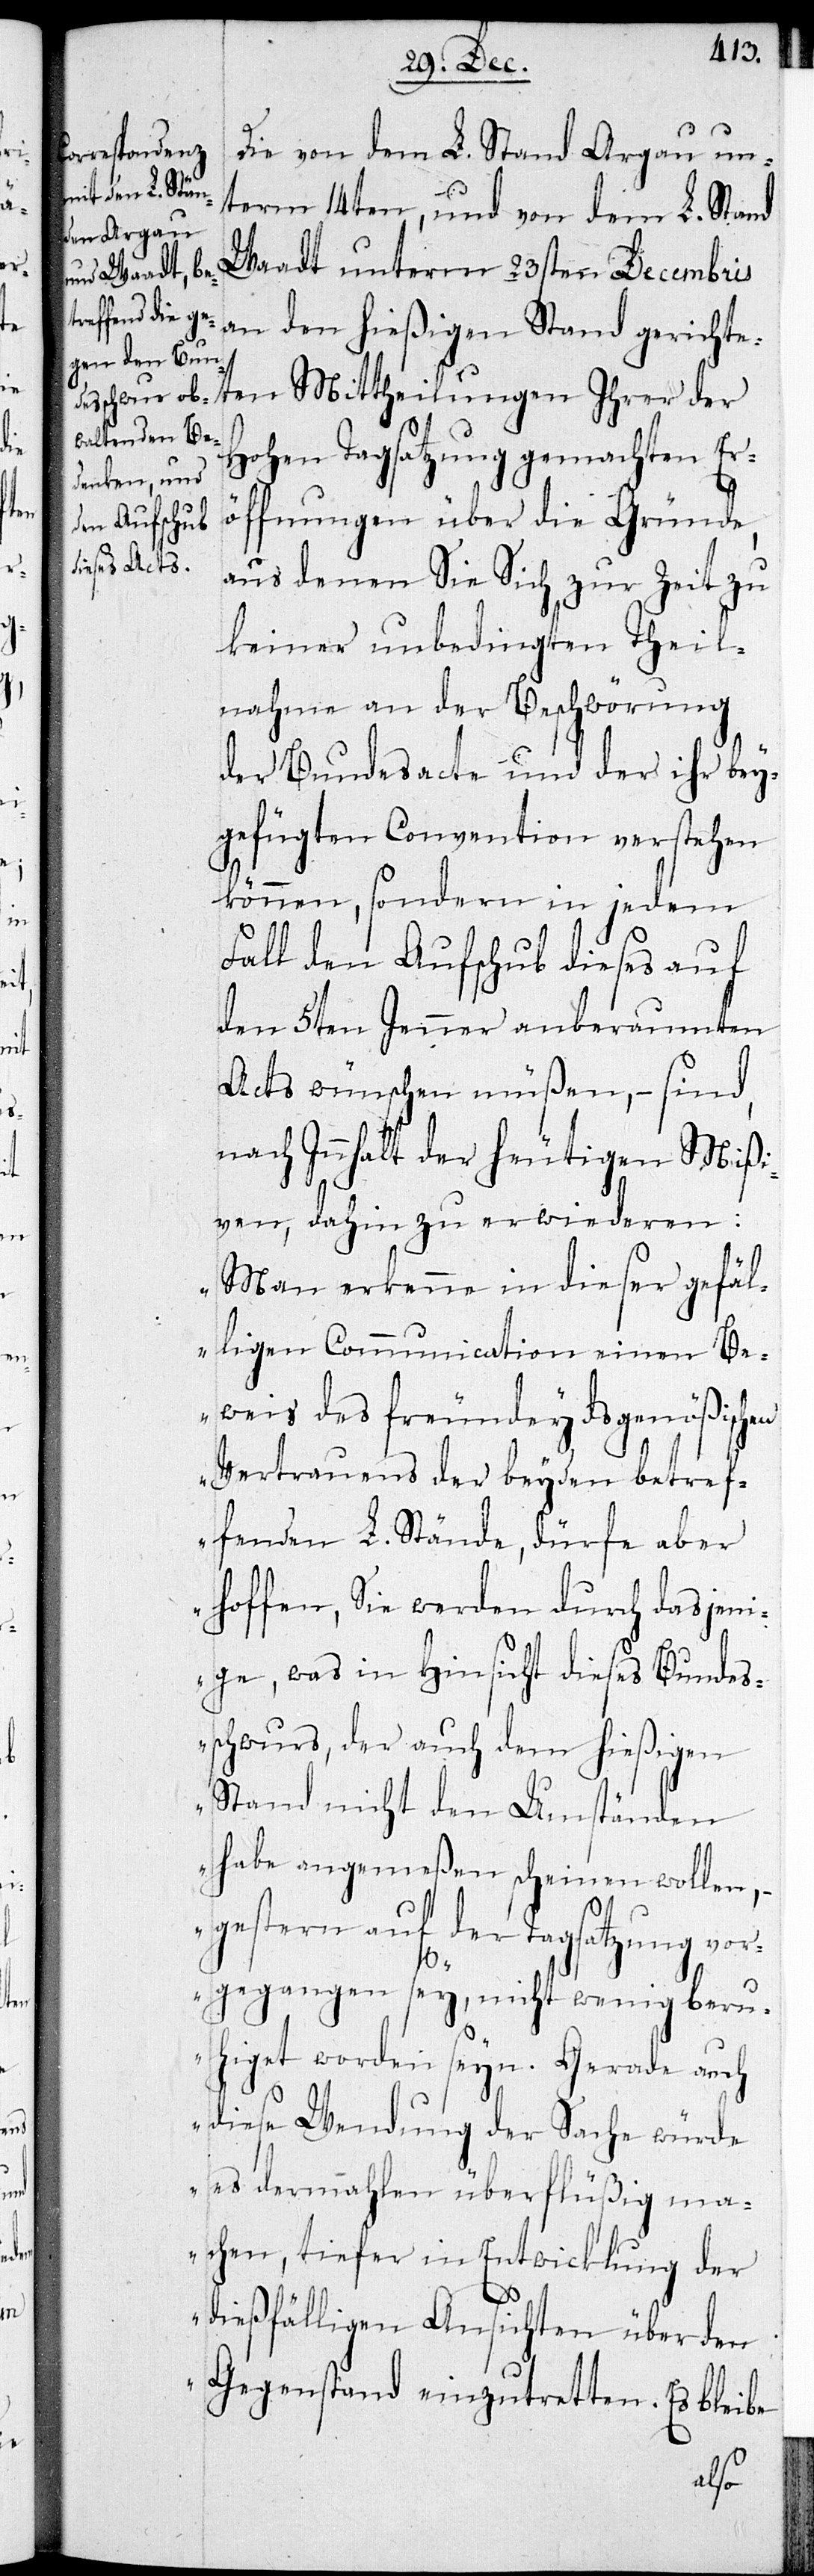
Die von dem L. Stand Aargau un¬
term 14ten, und von dem L. Stand
Waadt unterm 23sten Decembris
an den hießigen Stand gerichte¬
ten Mittheilungen Ihrer der
Hohen Tagsatzung gemachten Er¬
öffnungen über die Gründe,
aus denen Sie Sich zur Zeit zu
keiner unbedingten Theil¬
nahme an der Beschwörung
der Bundesacte und der ihr bey¬
gefügten Convention verstehen
können, sondern in jedem
Fall den Aufschub dieses auf
den 5ten Jenner anberaumten
Acts wünschen müßen, – sind,
nach Innhalt der heutigen Mißi¬
ven, dahin zu erwiederen:
„Man erkenne in dieser gefäl¬
ligen Communication einen Be¬
weis des freundeydsgenößischen
Vertrauens der beyden betref¬
fenden L. Stände, dürfe aber
hoffen, Sie werden durch dasjeni¬
ge, was in Hinsicht dieses Bundes¬
schwurs, der auch dem hießigen
Stand nicht den Umständen
habe angemeßen scheinen wollen, –
gestern auf der Tagsatzung vor¬
gegangen sey, nicht wenig beru¬
higet worden seyn. Gerade auch
diese Wendung der Sache würde
es dermahlen überflüßig ma¬
chen, tiefer in Entwicklung der
dießfälligen Ansichten über den
Gegenstand einzutretten. Es bleibe